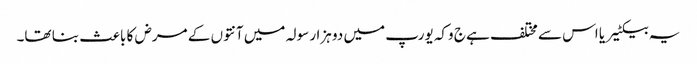
یہ بیکٹیریا اس سے مختلف ہے ج وکہ یورپ میں دو ہزار سولہ میں آنتوں کے مرض کا باعث بنا تھا۔